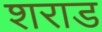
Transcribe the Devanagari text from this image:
शराड